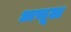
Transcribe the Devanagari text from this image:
अचूल